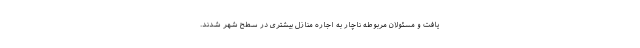
یافت و مسئولانِ مربوطه ناچار به اجاره منازل بیشتری در سطح شهر شدند.